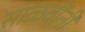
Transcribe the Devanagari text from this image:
साळवींनी